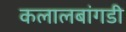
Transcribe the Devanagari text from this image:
कलालबांगडी